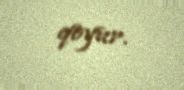
qoyur.